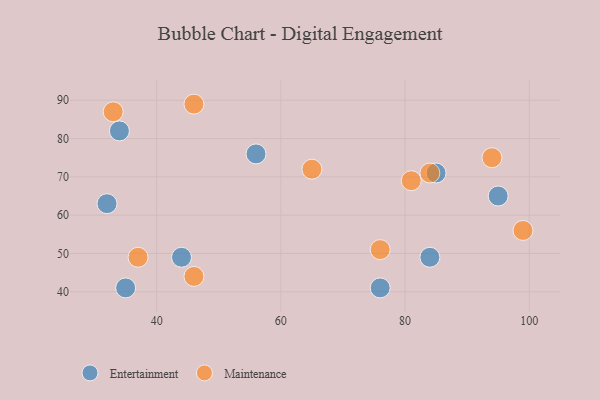
{"axis": {"x": "GDP", "y": "Life Expectancy"}, "legend": ["Entertainment", "Maintenance"], "data": [{"x": "95", "y": 65, "type": "Entertainment"}, {"x": "76", "y": 41, "type": "Entertainment"}, {"x": "32", "y": 63, "type": "Entertainment"}, {"x": "84", "y": 49, "type": "Entertainment"}, {"x": "34", "y": 82, "type": "Entertainment"}, {"x": "56", "y": 76, "type": "Entertainment"}, {"x": "35", "y": 41, "type": "Entertainment"}, {"x": "44", "y": 49, "type": "Entertainment"}, {"x": "85", "y": 71, "type": "Entertainment"}, {"x": "99", "y": 56, "type": "Maintenance"}, {"x": "46", "y": 44, "type": "Maintenance"}, {"x": "33", "y": 87, "type": "Maintenance"}, {"x": "76", "y": 51, "type": "Maintenance"}, {"x": "81", "y": 69, "type": "Maintenance"}, {"x": "46", "y": 89, "type": "Maintenance"}, {"x": "84", "y": 71, "type": "Maintenance"}, {"x": "37", "y": 49, "type": "Maintenance"}, {"x": "94", "y": 75, "type": "Maintenance"}, {"x": "65", "y": 72, "type": "Maintenance"}]}